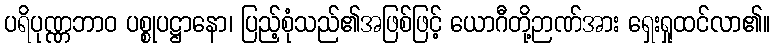
ပရိပုဏ္ဏဘာဝ ပစ္စုပဋ္ဌာနော၊ ပြည့်စုံသည်၏အဖြစ်ဖြင့် ယောဂီတို့ဉာဏ်အား ရှေးရှုထင်လာ၏။